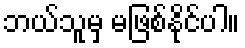
ဘယ်သူမှ မဖြစ်နိုင်ပါ။